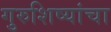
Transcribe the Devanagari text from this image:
गुरुशिष्यांचा